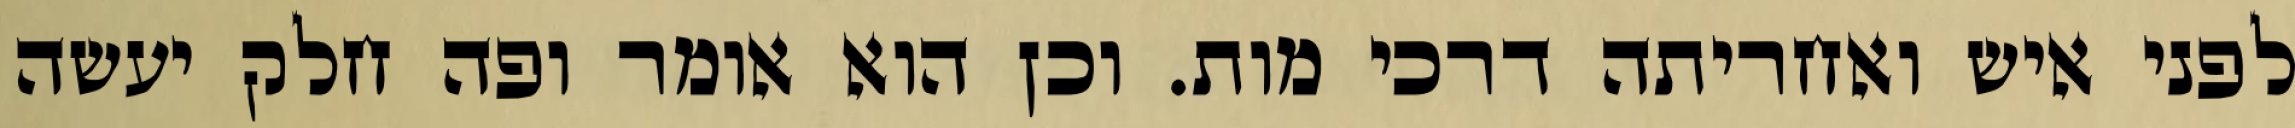
לפני איש ואחריתה דרכי מות. וכן הוא אומר ופה חלק יעשה